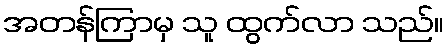
အတန်ကြာမှ သူ ထွက်လာ သည်။